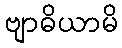
ဗျာဓိယာမိ